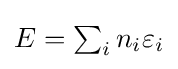
{\textstyle E=\sum _{i}n_{i}\varepsilon _{i}}